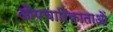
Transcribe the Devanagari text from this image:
औपचारिकाताओं